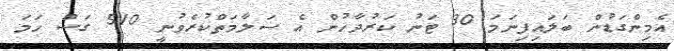
އެމިންގަޑުން ބަލައިފިނަމަ 30 ޓަނު ކަރުދާހުން އެ ސަލާމަތްކުރެވުނީ 510 ގަސް ހަމަ